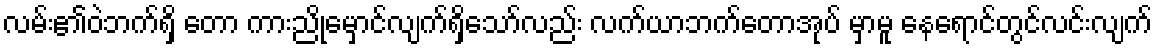
လမ်း၏ဝဲဘက်ရှိ တော ကားညိုမှောင်လျက်ရှိသော်လည်း လက်ယာဘက်တောအုပ် မှာမူ နေရောင်တွင်လင်းလျက်